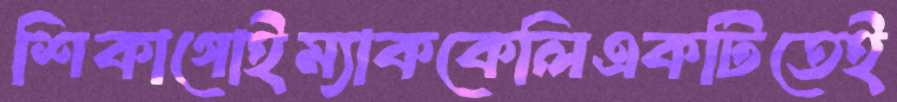
শিকাগোইম্যাককেলিএকটিতেই